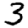
Digit: 3